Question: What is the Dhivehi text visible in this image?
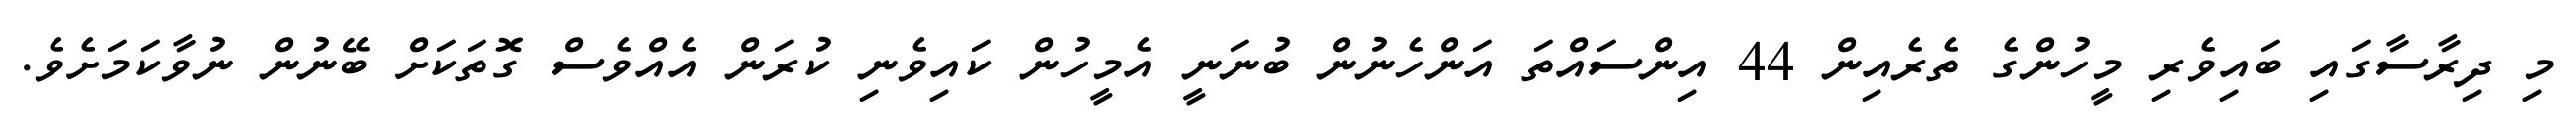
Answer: މި ދިރާސާގައި ބައިވެރި މީހުންގެ ތެރެއިން 44 އިންސައްތަ އަންހެނުން ބުނަނީ އެމީހުން ކައިވެނި ކުރަން އެއްވެސް ގޮތަކަށް ބޭނުން ނުވާކަމަށެވެ.